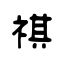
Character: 祺